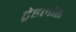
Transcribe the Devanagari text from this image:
ट्रेहलोस